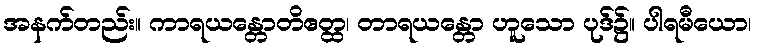
အနက်တည်း။ ကာရယန္တောတိဧတ္ထ၊ တာရယန္တော ဟူသော ပုဒ်၌။ ပါရမီယော၊